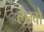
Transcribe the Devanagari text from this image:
लैम्बो